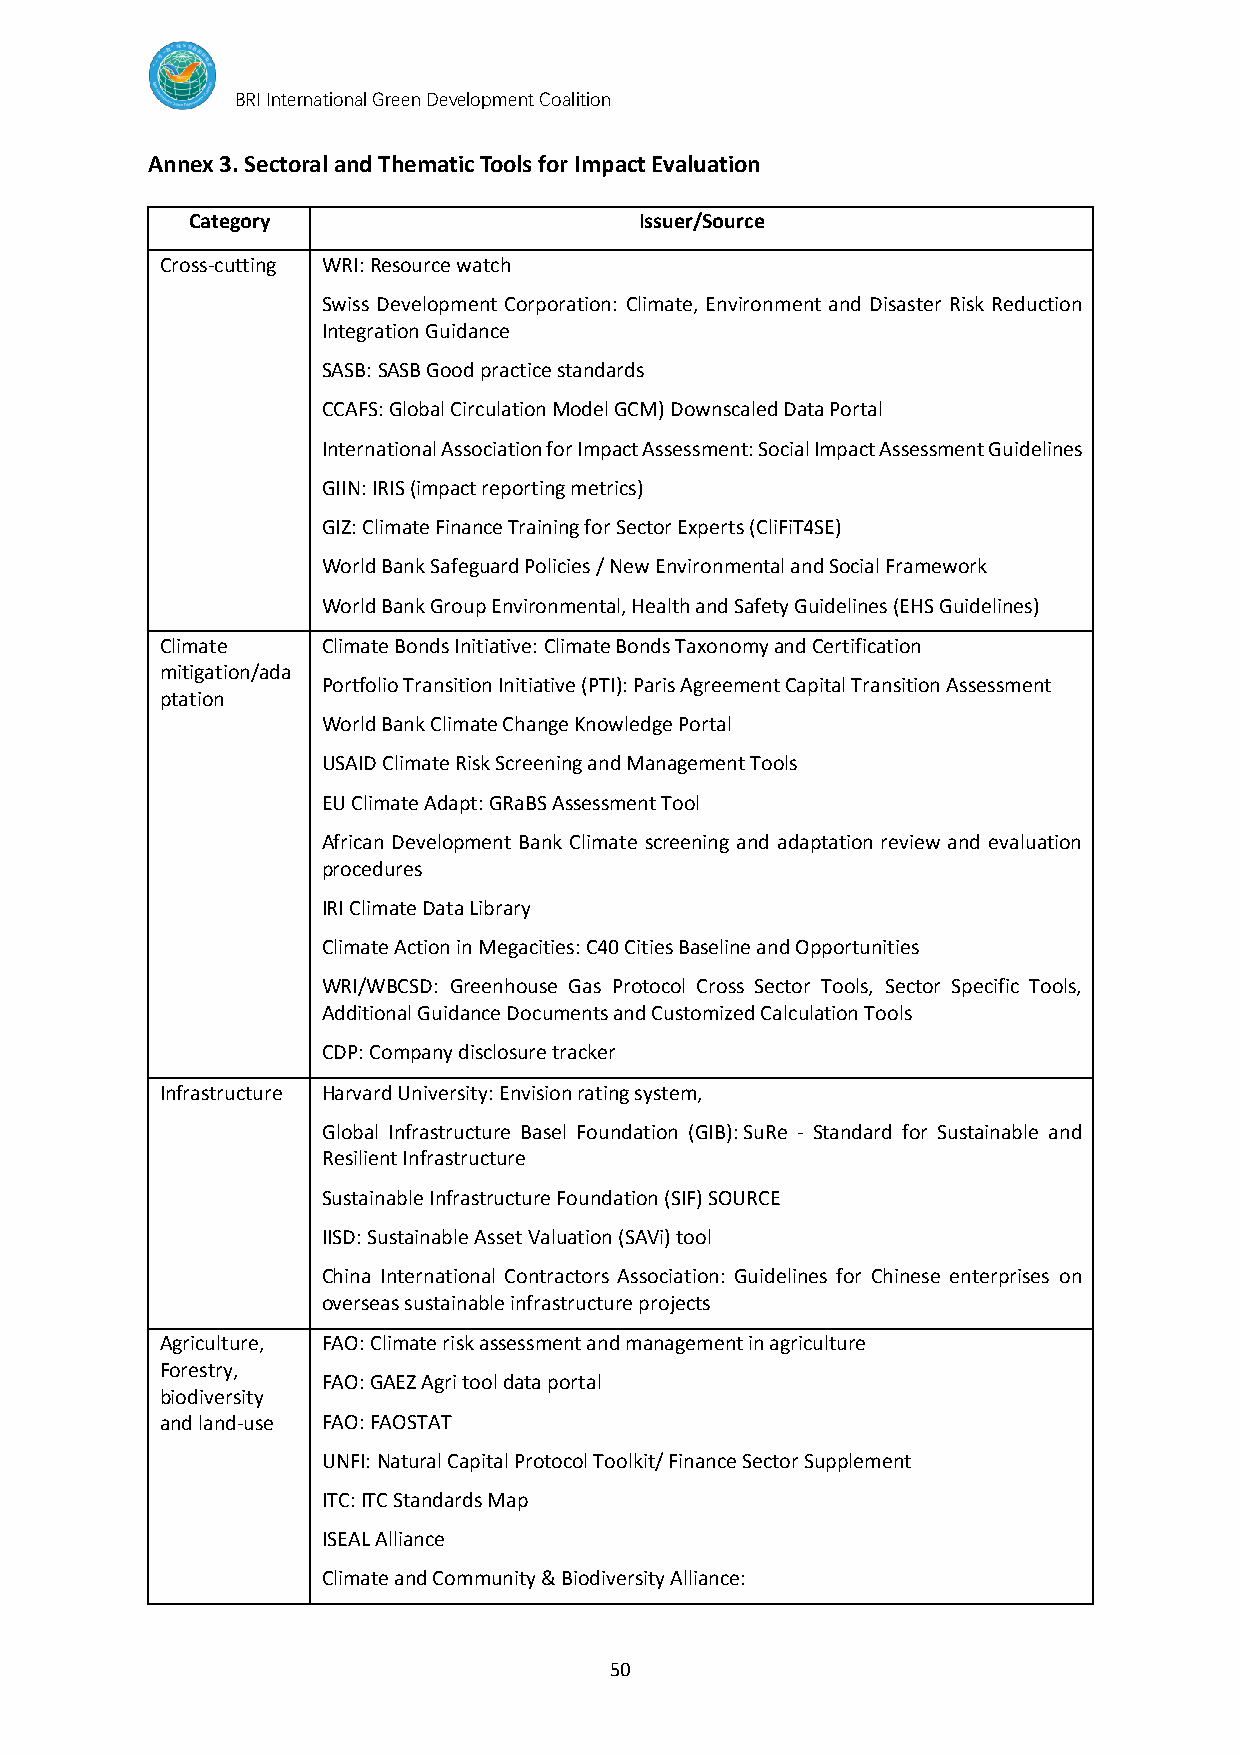
BRI International Green Development Coalition
 Annex 3. Sectoral and Thematic Tools for Impact Evaluation
 Category                      Issuer/Source
 Cross-cutting WRI: Resource watch
 Swiss Development Corporation: Climate, Environment and Disaster Risk Reduction
 Integration Guidance
 SASB: SASB Good practice standards
 CCAFS: Global Circulation Model GCM) Downscaled Data Portal
 International Association for Impact Assessment: Social Impact Assessment Guidelines
 GIIN: IRIS (impact reporting metrics)
 GIZ: Climate Finance Training for Sector Experts (CliFiT4SE)
 World Bank Safeguard Policies / New Environmental and Social Framework
 World Bank Group Environmental, Health and Safety Guidelines (EHS Guidelines)
 Climate   Climate Bonds Initiative: Climate Bonds Taxonomy and Certification
 mitigation/ada
 Portfolio Transition Initiative (PTI): Paris Agreement Capital Transition Assessment
 ptation
 World Bank Climate Change Knowledge Portal
 USAID Climate Risk Screening and Management Tools
 EU Climate Adapt: GRaBS Assessment Tool
 African Development Bank Climate screening and adaptation review and evaluation
 procedures
 IRI Climate Data Library
 Climate Action in Megacities: C40 Cities Baseline and Opportunities
 WRI/WBCSD: Greenhouse Gas Protocol Cross Sector Tools, Sector Specific Tools,
 Additional Guidance Documents and Customized Calculation Tools
 CDP: Company disclosure tracker
 Infrastructure Harvard University: Envision rating system,
 Global Infrastructure Basel Foundation (GIB): SuRe - Standard for Sustainable and
 Resilient Infrastructure
 Sustainable Infrastructure Foundation (SIF) SOURCE
 IISD: Sustainable Asset Valuation (SAVi) tool
 China International Contractors Association: Guidelines for Chinese enterprises on
 overseas sustainable infrastructure projects
 Agriculture, FAO: Climate risk assessment and management in agriculture
 Forestry,
 FAO: GAEZ Agri tool data portal
 biodiversity
 and land-use FAO: FAOSTAT
 UNFI: Natural Capital Protocol Toolkit/ Finance Sector Supplement
 ITC: ITC Standards Map
 ISEAL Alliance
 Climate and Community & Biodiversity Alliance:
 50